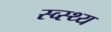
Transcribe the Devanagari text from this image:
स्व्स्थ्य